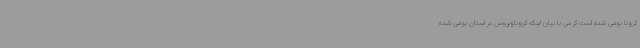
کرونا بومی شده است کرمی با بیان اینکه کروناویروس در استان بومی شده